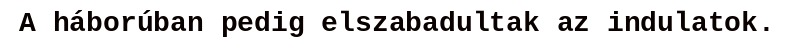
A háborúban pedig elszabadultak az indulatok.